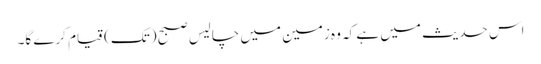
اس حدیث میں ہے کہ وہ زمین میں چالیس صبح (تک) قیام کرے گا۔